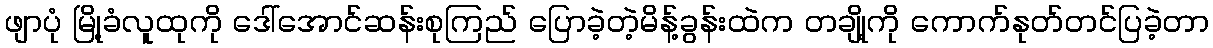
ဖျာပုံ မြို့ခံလူထုကို ဒေါ်အောင်ဆန်းစုကြည် ပြောခဲ့တဲ့မိန့်ခွန်းထဲက တချို့ကို ကောက်နုတ်တင်ပြခဲ့တာ